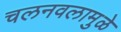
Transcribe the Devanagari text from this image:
चलनवलामुळे